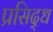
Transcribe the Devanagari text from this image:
प्रसिद्‍ध